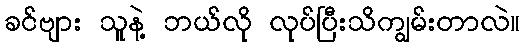
ခင်ဗျား သူနဲ့ ဘယ်လို လုပ်ပြီးသိကျွမ်းတာလဲ။